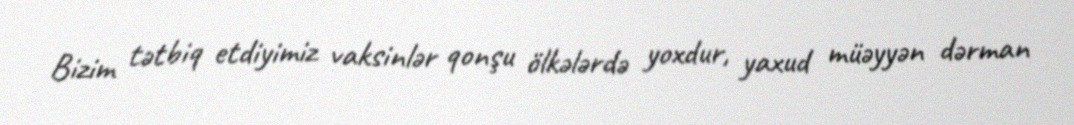
Bizim tətbiq etdiyimiz vaksinlər qonşu ölkələrdə yoxdur, yaxud müəyyən dərman